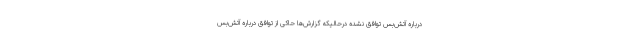
درباره آتش‌بس توافق نشده درحالیکه گزارش‌ها حاکی از توافق درباره آتش‌بس